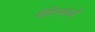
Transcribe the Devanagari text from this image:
रोहिल्लाओं